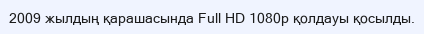
2009 жылдың қарашасында Full HD 1080p қолдауы қосылды.